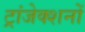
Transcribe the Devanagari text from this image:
ट्रांजेक्शनों